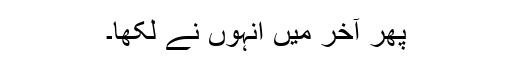
پھر آخر میں انہوں نے لکھا۔